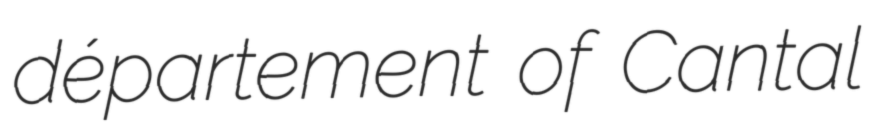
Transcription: département of Cantal